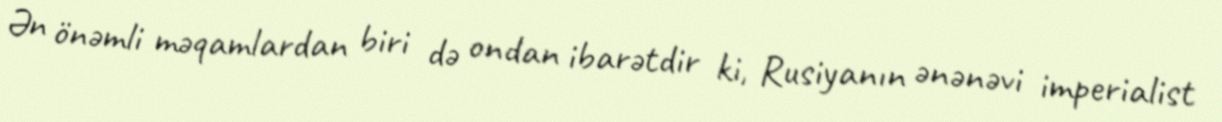
Ən önəmli məqamlardan biri də ondan ibarətdir ki, Rusiyanın ənənəvi imperialist